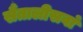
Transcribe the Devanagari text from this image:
सैंतालीसवां